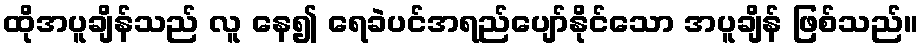
ထိုအပူချိန်သည် လူ နေ၍ ရေခဲပင်အရည်ပျော်နိုင်သော အပူချိန် ဖြစ်သည်။